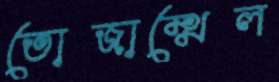
তোজাম্মেল